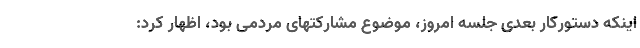
اینکه دستورکار بعدی جلسه امروز، موضوع مشارکتهای مردمی بود، اظهار کرد: